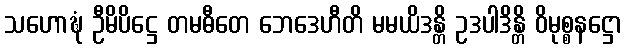
သဟောဍ္ဎံ ဦမိပိဋ္ဌေ တမဓီတေ ဘေဒေဟီတိ မမယိဒန္တိ ဥဒပါဒိန္တိ ဝိမုစ္စနဋ္ဌော